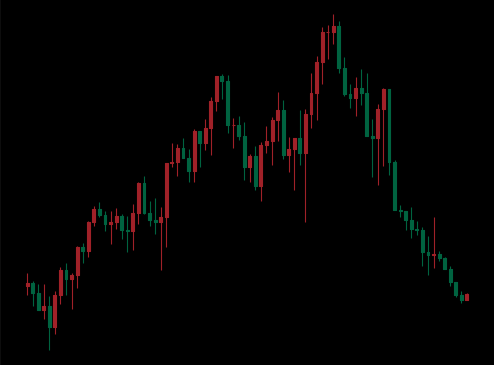
Pattern: unclassified